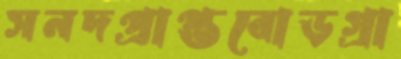
সনদপ্রাপ্তবোড়গ্রা